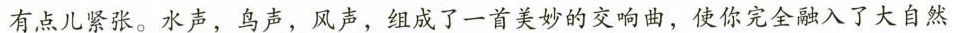
有点儿紧张。水声，鸟声，风声，组成了一首美妙的交响曲，使你完全融入了大自然